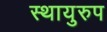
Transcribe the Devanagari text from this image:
स्थायुरुप